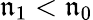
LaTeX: \mathfrak{n}_{\mathrm{{1}}}<\mathfrak{n}_{\mathrm{{0}}}